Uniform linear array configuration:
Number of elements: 4
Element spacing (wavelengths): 0.25
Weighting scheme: kaiser
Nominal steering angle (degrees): -45
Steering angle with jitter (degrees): -43.81
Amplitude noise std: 0.05
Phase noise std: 0.05

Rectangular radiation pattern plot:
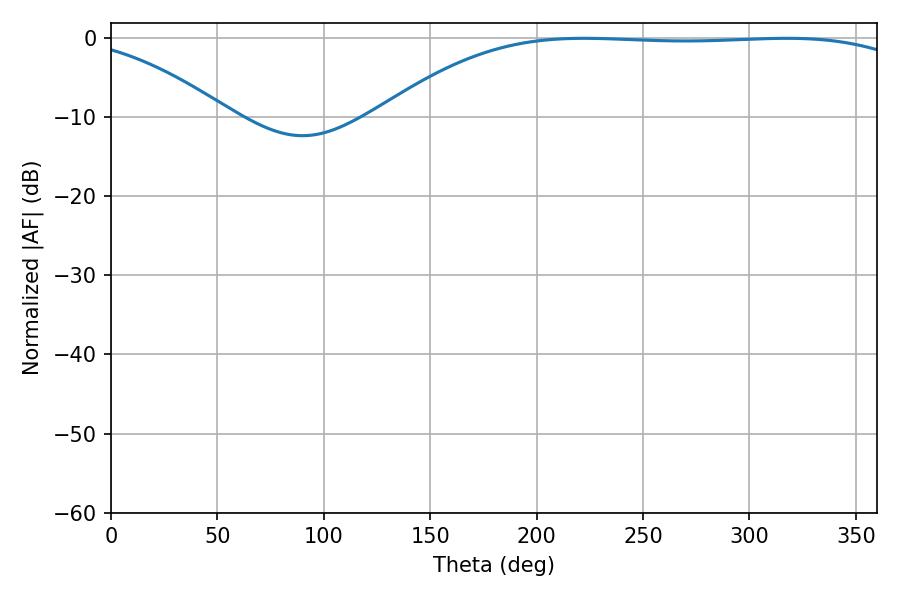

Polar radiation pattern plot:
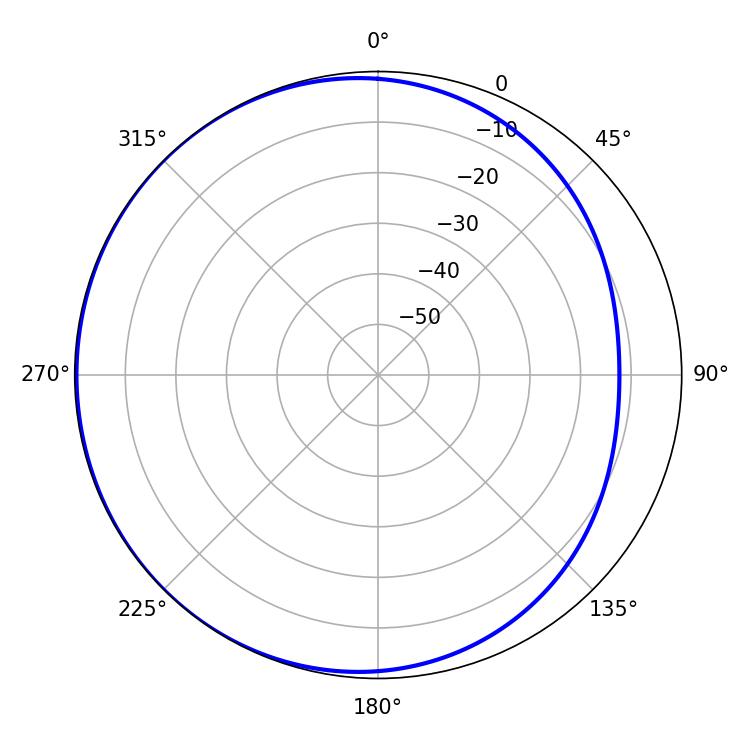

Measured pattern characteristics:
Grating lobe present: FALSE
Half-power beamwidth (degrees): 196.02
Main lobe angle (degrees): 317.7